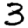
Digit: 3